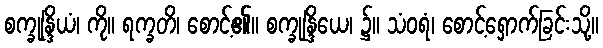
စက္ခုန္ဒြိယံ၊ ကို။ ရက္ခတိ၊ စောင့်၏။ စက္ခုန္ဒြိယေ၊ ၌။ သံဝရံ၊ စောင့်ရှောက်ခြင်းသို့။